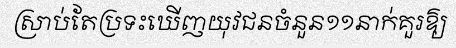
ស្រាប់តែប្រទះឃើញយុវជនចំនួន១១នាក់គួរឱ្យ